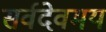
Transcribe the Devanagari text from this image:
सर्वदेवमय